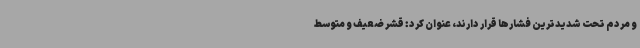
و مردم تحت شدیدترین فشارها قرار دارند، عنوان کرد: قشر ضعیف و متوسط